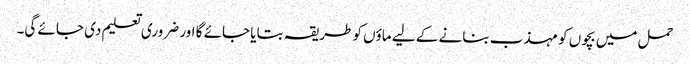
حمل میں بچوں کو مہذب بنانے کے لیے ماؤں کو طریقہ بتایا جائے گا اور ضروری تعلیم دی جائے گی۔